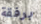
برفقة